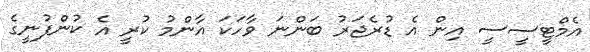
އެމްޓީސީސީ އިން އެ ޑުރެޖަރު ބަންނަ ވާހަކަ އާންމު ކުރީ އެ ކުންފުނީގެ